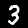
Label: 3